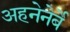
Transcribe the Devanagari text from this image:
अहनेनेर्बे